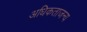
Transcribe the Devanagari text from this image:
अधिकताजन्य